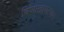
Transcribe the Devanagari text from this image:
विशाखापटणम